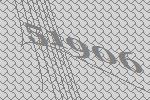
51906